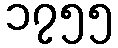
၁၇၅၅